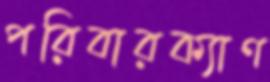
পরিবারক্যাণ